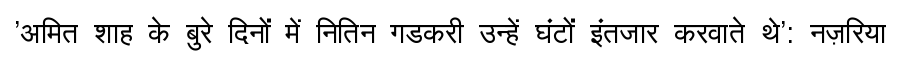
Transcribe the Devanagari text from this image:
'अमित शाह के बुरे दिनों में नितिन गडकरी उन्हें घंटों इंतजार करवाते थे': नज़रिया